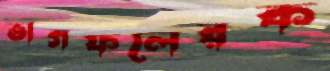
ভাগফলেরক